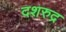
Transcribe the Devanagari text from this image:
दशरुद्र